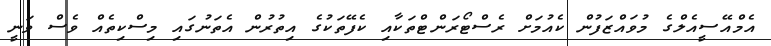
އެމްއޭސީއެލްގެ މުވައްޒަފުން ކެއުމަށް ރެސްޓޯރަންޓްތަކާއި ކެފޭތަކުގެ އިތުރުން އެތަނުގައި މިސްކިތެއް ވެސް ވަނީ